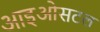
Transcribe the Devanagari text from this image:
आइओसटल